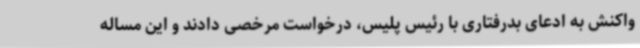
واکنش به ادعای بدرفتاری با رئیس پلیس، درخواست مرخصی دادند و این مساله